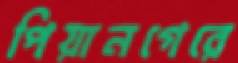
পিয়ানগেরে